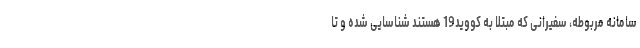
سامانه مربوطه، سفیرانی که مبتلا به کووید19 هستند شناسایی شده و تا